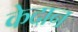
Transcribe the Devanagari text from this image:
केदान